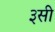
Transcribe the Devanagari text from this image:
३सी